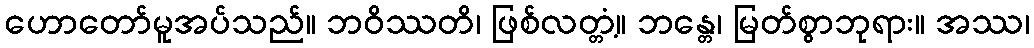
ဟောတော်မူအပ်သည်။ ဘဝိဿတိ၊ ဖြစ်လတ္တံ့။ ဘန္တေ၊ မြတ်စွာဘုရား။ အဿ၊